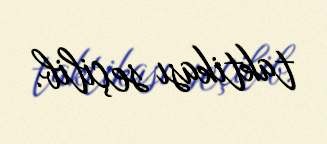
taktikası seçilib.